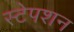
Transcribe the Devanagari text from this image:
स्‍टेपशन